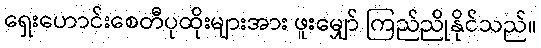
ရှေးဟောင်းစေတီပုထိုးများအား ဖူးမျှော် ကြည်ညိုနိုင်သည်။